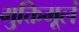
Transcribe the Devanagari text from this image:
मुक्तिमूलं